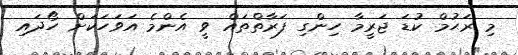
މި ރަޙުމް ކުޑަ ޖަރީމާ ހިންގި ފަރާތްތައް ވީ އެންމެ އަވަހަކަށް ހޯދައި